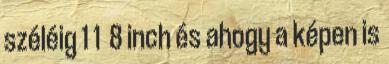
széléig 1 1 8 inch és ahogy a képen is